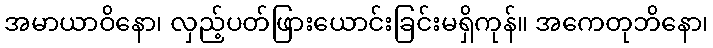
အမာယာဝိနော၊ လှည့်ပတ်ဖြားယောင်းခြင်းမရှိကုန်။ အကေတုဘိနော၊